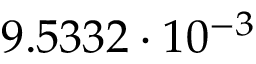
9 . 5 3 3 2 \cdot 1 0 ^ { - 3 }